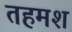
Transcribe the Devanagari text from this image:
तहमश